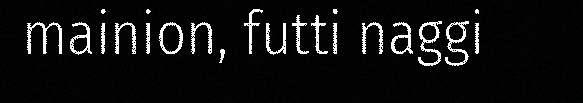
mainion, futti naggi